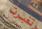
بنك